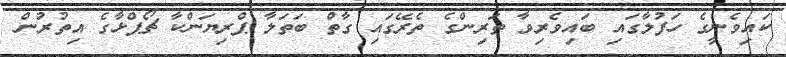
ކައިވެނީގެ ހަފުލާގައި ބައިވެރިވާ ތަރިންގެ ތެރޭގައި ގާތް ބަތަލާ ޕްރިޔަންކާ ޗޯޕްޅާގެ އިތުރުން